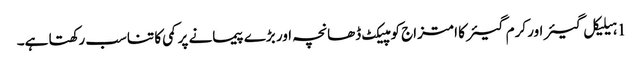
1 ہیلیکل گیئر اور کرم گیئر کا امتزاج کومپیکٹ ڈھانچہ اور بڑے پیمانے پر کمی کا تناسب رکھتا ہے۔